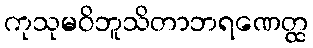
ကုသုမဝိဘူသိတာဘရဏေတ္ထ